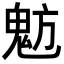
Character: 𩲠